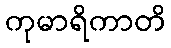
ကုမာရိကာတိ